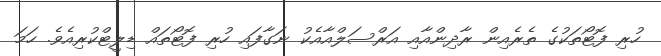
ހުރި ފޮޓޯތަކުގެ ތެރެއިން ރާދިންއާއި އަރްސަލްއާއެކު ނަގާފައި ހުރި ފޮޓޯތައް ޑިލީޓްކުރިއެވެ. ހަމަ